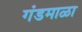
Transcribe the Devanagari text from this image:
गंडमाळा